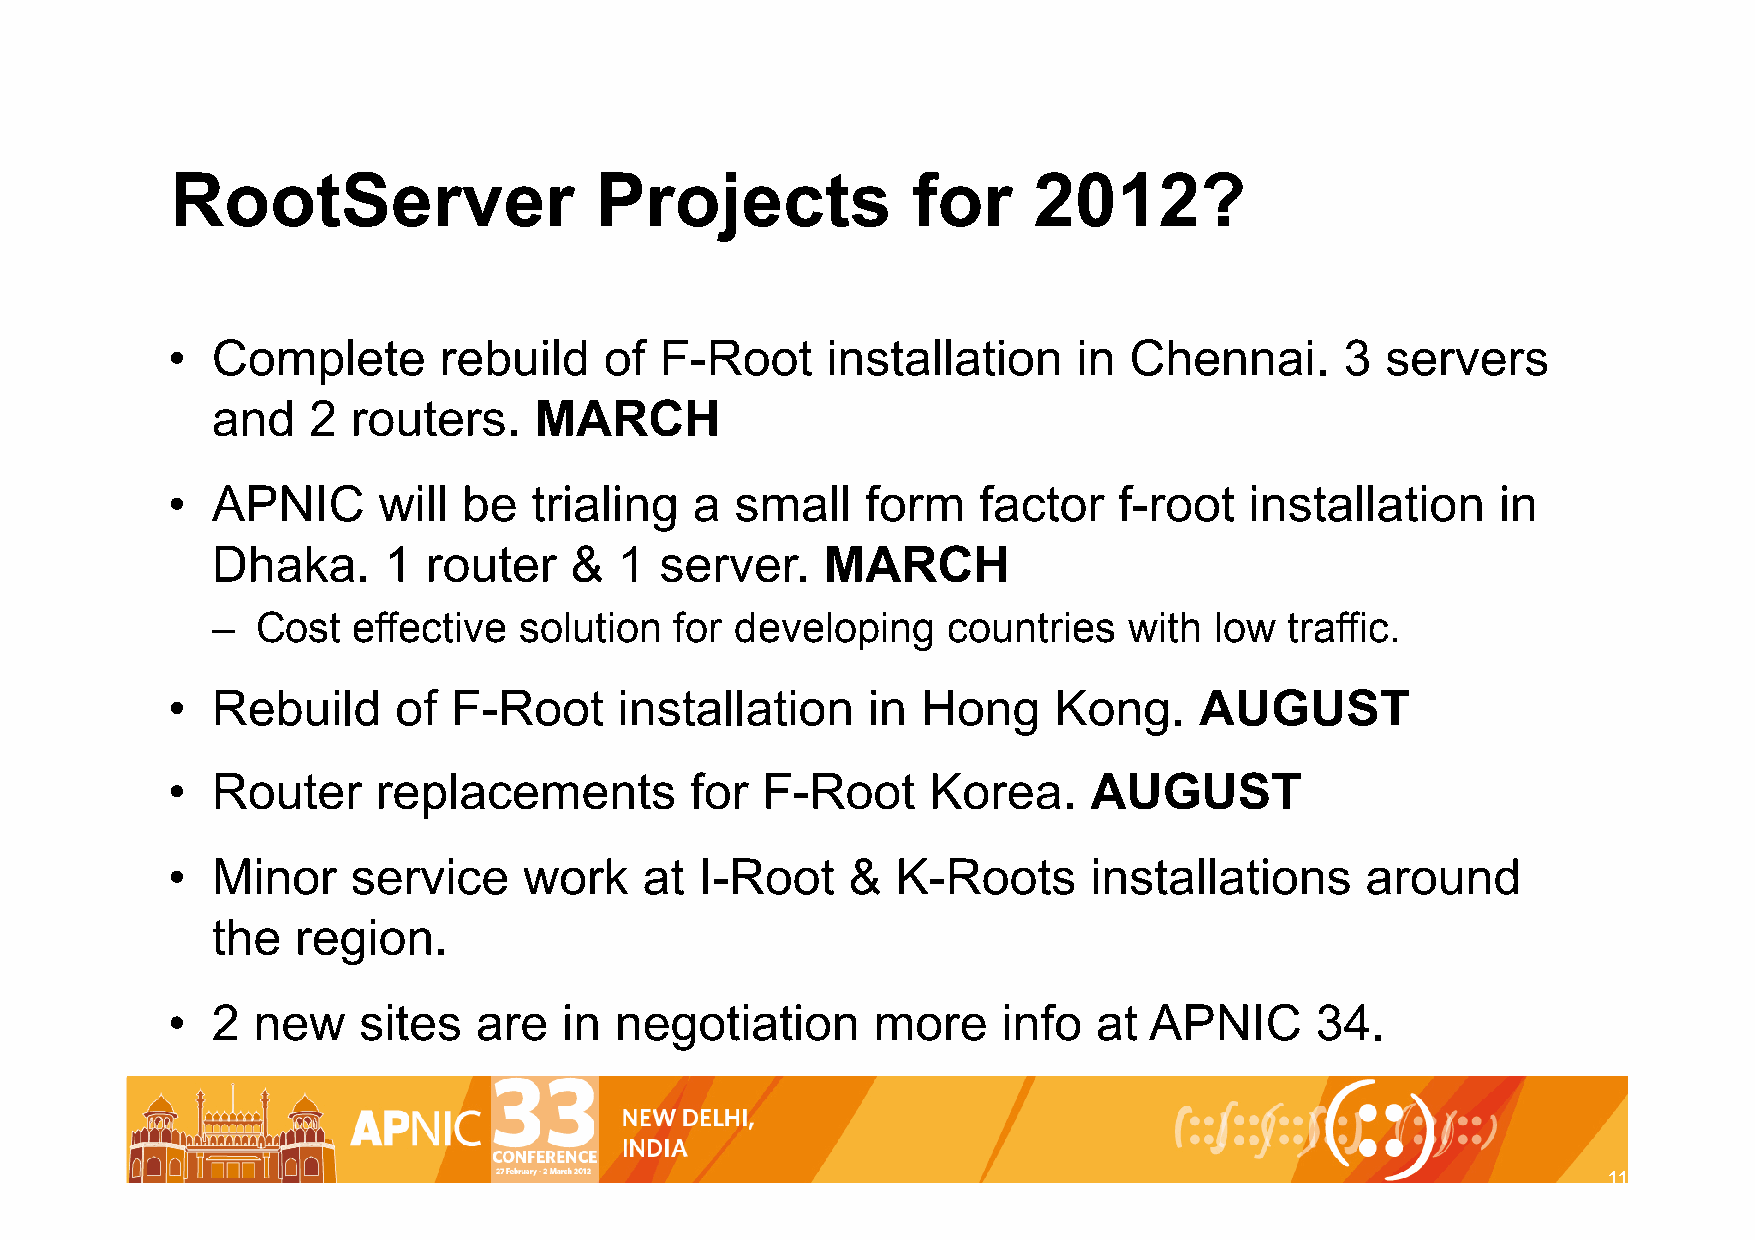
RootServer                  Projects             for     2012?
 •  Complete       rebuild    of  F-Root     installation    in  Chennai.      3  servers
 and   2  routers.    MARCH
 •  APNIC      will  be  trialing   a  small   form    factor   f-root   installation    in
 Dhaka.     1  router    &  1  server.   MARCH
 –  Cost  effective  solution   for developing    countries   with low  traffic.
 •  Rebuild     of  F-Root     installation    in  Hong     Kong.    AUGUST
 •  Router     replacements         for F-Root     Korea.     AUGUST
 •  Minor    service     work    at I-Root    &  K-Roots      installations     around
 the   region.
 •  2  new    sites  are   in  negotiation      more    info   at APNIC      34.
 11